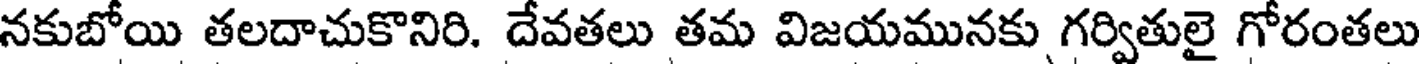
నకుబోయి తలదాచుకొనిరి. దేవతలు తమ విజయమునకు గర్వితులై గోరంతలు